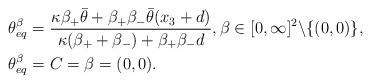
LaTeX: \begin{align*} \theta_{eq}^\beta &= \frac{\kappa \beta_+ \bar{\theta} + \beta_+\beta_- \bar{\theta} (x_3 + d)}{\kappa(\beta_+ + \beta_-) + \beta_+ \beta_- d}, \beta \in [0,\infty]^2 \backslash \{(0,0)\}, \\\theta_{eq}^\beta &= C = \beta = (0,0). \end{align*}